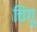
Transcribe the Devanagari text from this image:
चिंगू